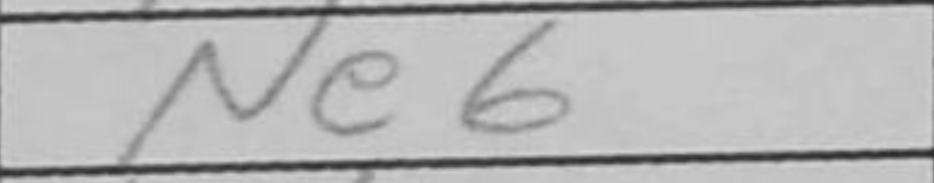
Transcription: Ne6